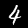
Digit: 4